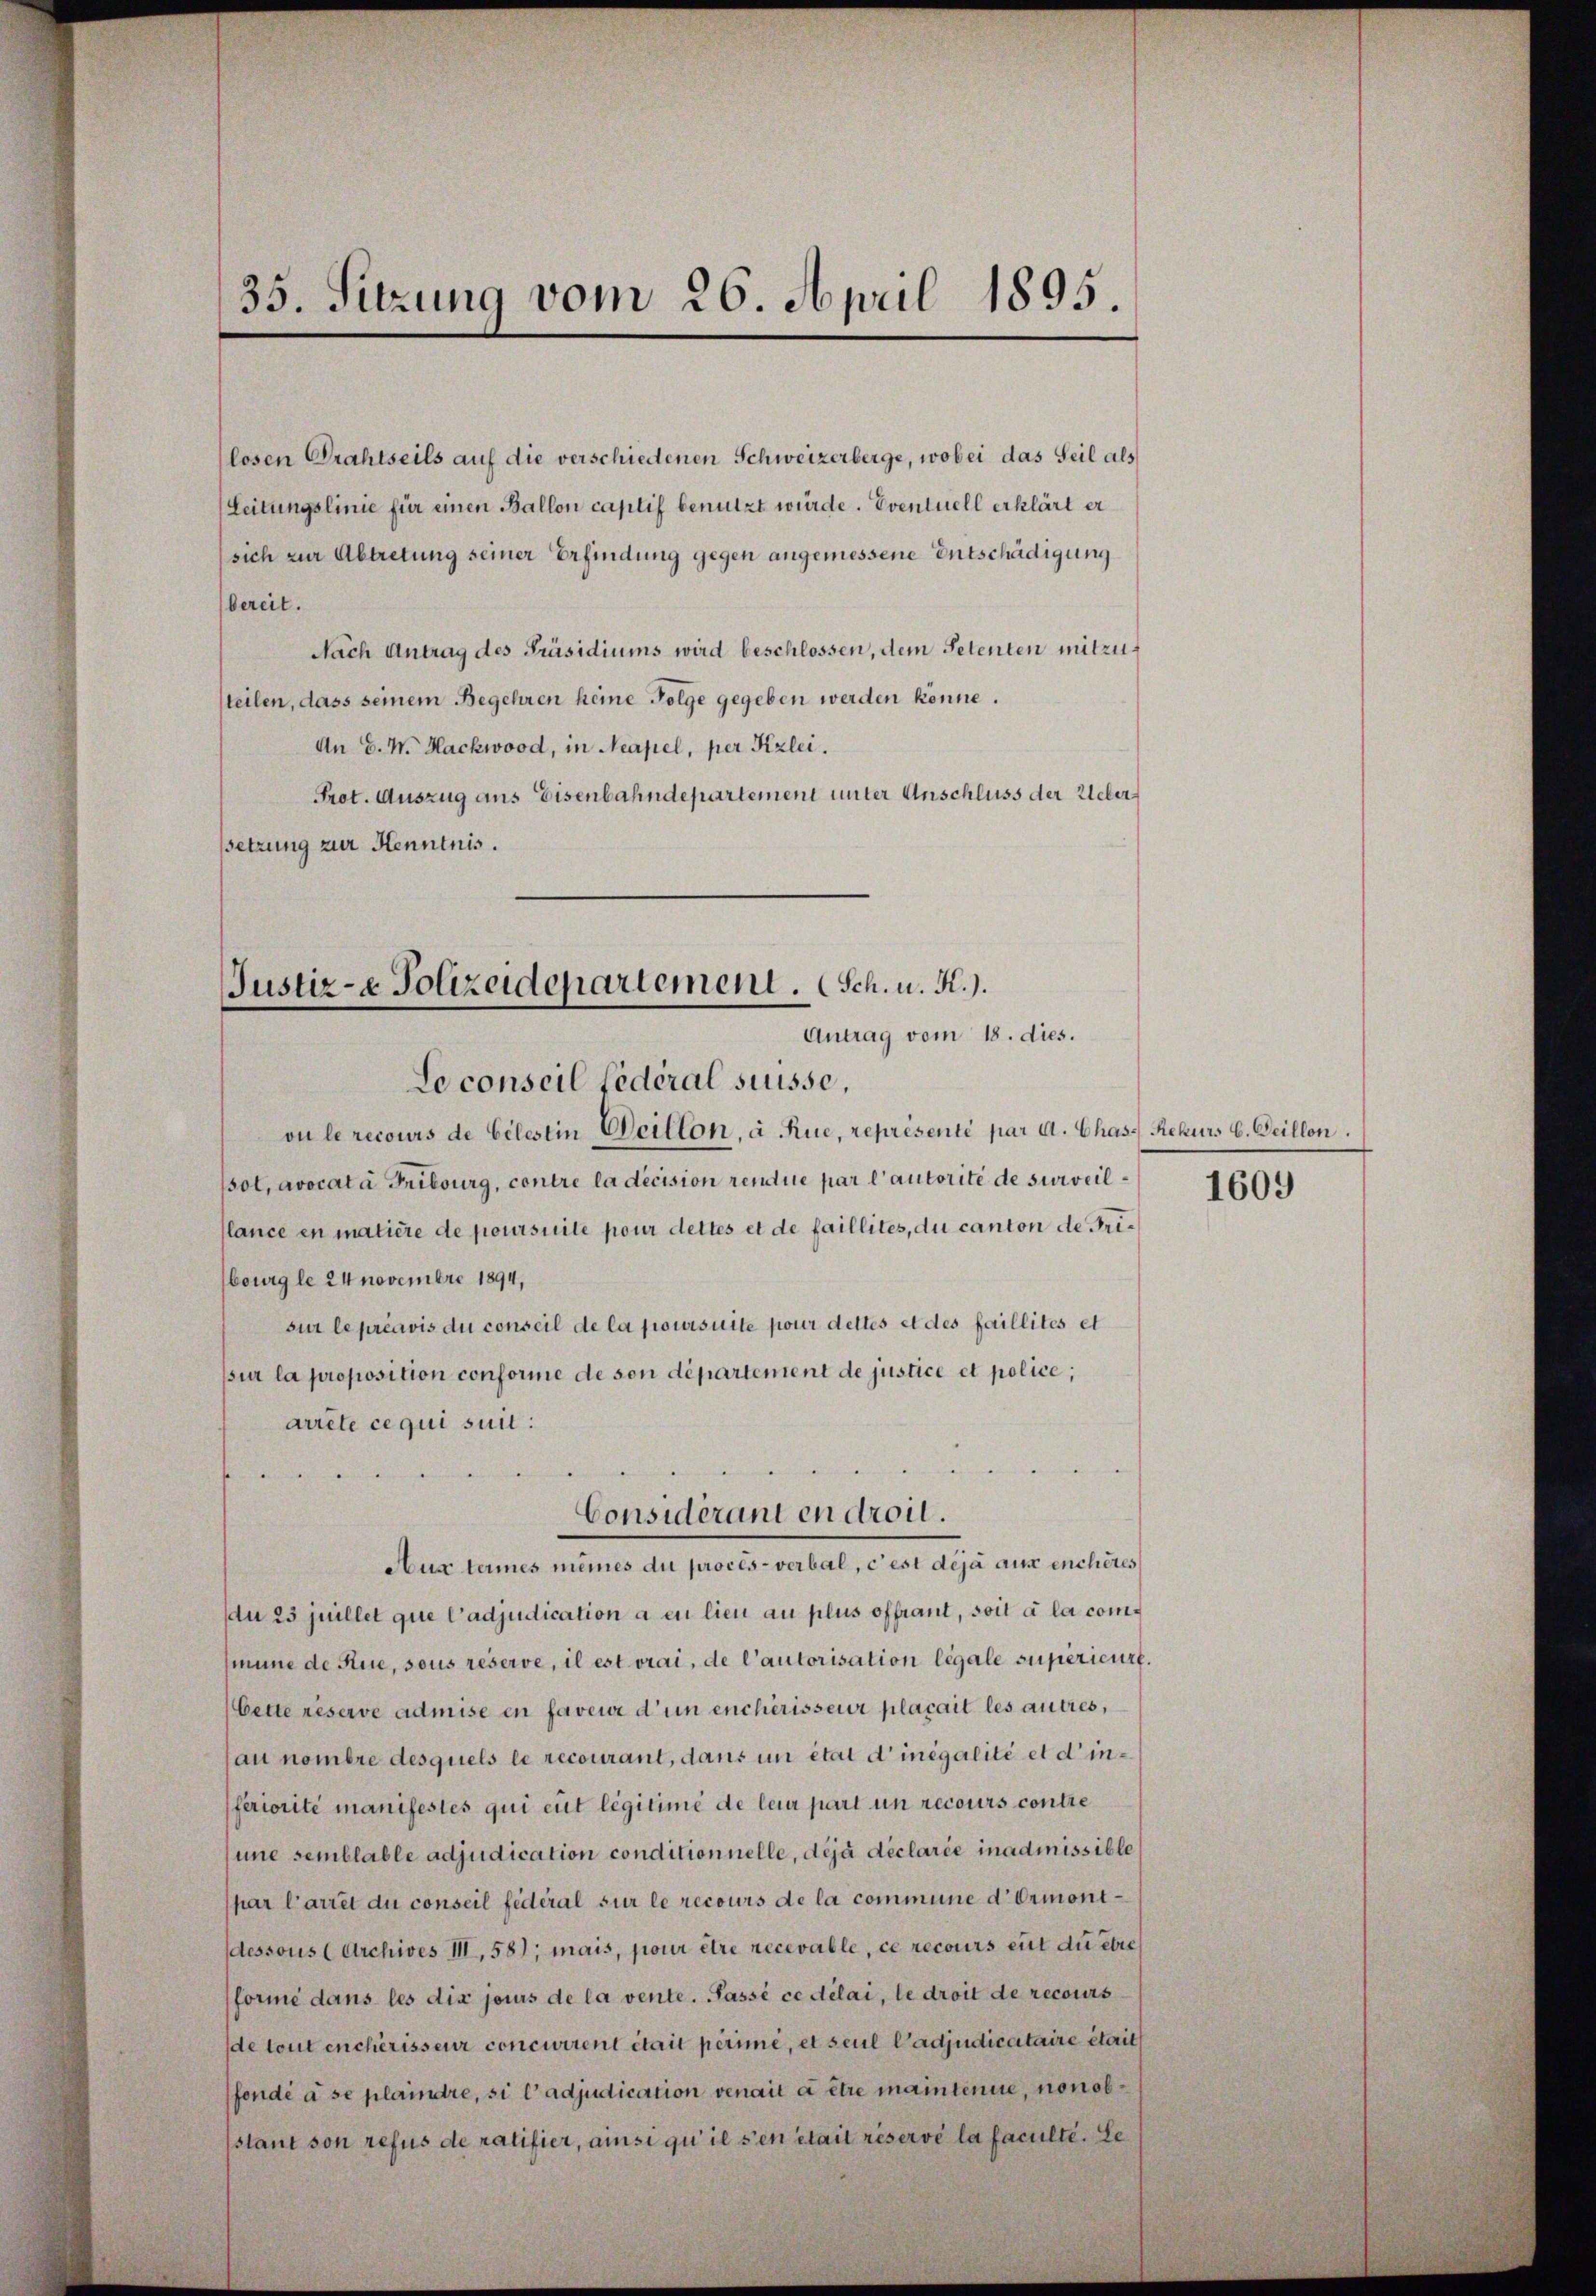
(losen Drahtseils auf die verschiedenen Schweizerberge, wobei das Teil als
(Leitungslinie für einen Ballon caplif benutzt wurde. Eventuell erklärt er
(sich zur Abtretung seiner Erfindung gegen angemessene Entschädigung
bereit.
Nach Antrag des Präsidiums wird beschlossen, dem Petenten mitzusteilen, dass seinem Begehren heine Folge gegeben werden könne.
An E. M. Hackwood, in Neapel, per Kzlei.
Prot. Auszug aus Eisenbahndepartement unter Anschluss der Ueberssetzung zur Kenntnis.

35. Sitzung vom 26. April 1895.

Justiz- & Polizeidepartement. Sch. u. A.).
Antrag vom 18. dies.

Loconseil fédéral suisse,
vu le recours de Celestin Beillon, à Rue, représenté par A. Chas Rekurs b. Teillon
sol, avocata Tribourg, contre la decision rendue par l’autorité de surveillance en matière de poursuite pour dettes et de faillites, du canton der Tribourg le 24 novembre 1894,
sur le préavis du conseil de la poursuite pour dettes et des faillités et
psur la proposition conforme de son département de justice et police,
arrete ce qui suit:
du 23 juillet que l’adjudication a eu lieu au plus offrant, soit à la commune de Rue, sous reserve, il est vrai, de l’autorisation légale supérieurs.
bette réserve admise en faveur d’un encherisseur placait les autres,
au nombre desquels le recourant, dans un état d’inégalité et d’inferiorité manifestes qui eut legitimé de leur part un recours contre
une semblable adjudication conditionnelle, déjà déclarie inadmissible
par Cartet du conseil fédéral sur le recours de la commune d. Ormonidessous (Archives III, 58); mais, pour être recevable, ce recours ent du etre
formé dans les dix jours de la vente. Passé ce délai, le droit de recours
de tout encherisseur concurrent était perime, et seul ladjudicataire était
fondé à se plaindre, si l’adjudication venait à être maintenue, non obstant son refus de ratifier, ainsi qu’ il s’en était réservé la faculte. Le

Considérant en droil.
Aux termes mêmes du procès-verbal, c’est déjà aux enchères

1609